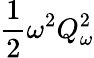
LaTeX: \frac{1}{2}\omega^{2}Q_{\omega}^{2}